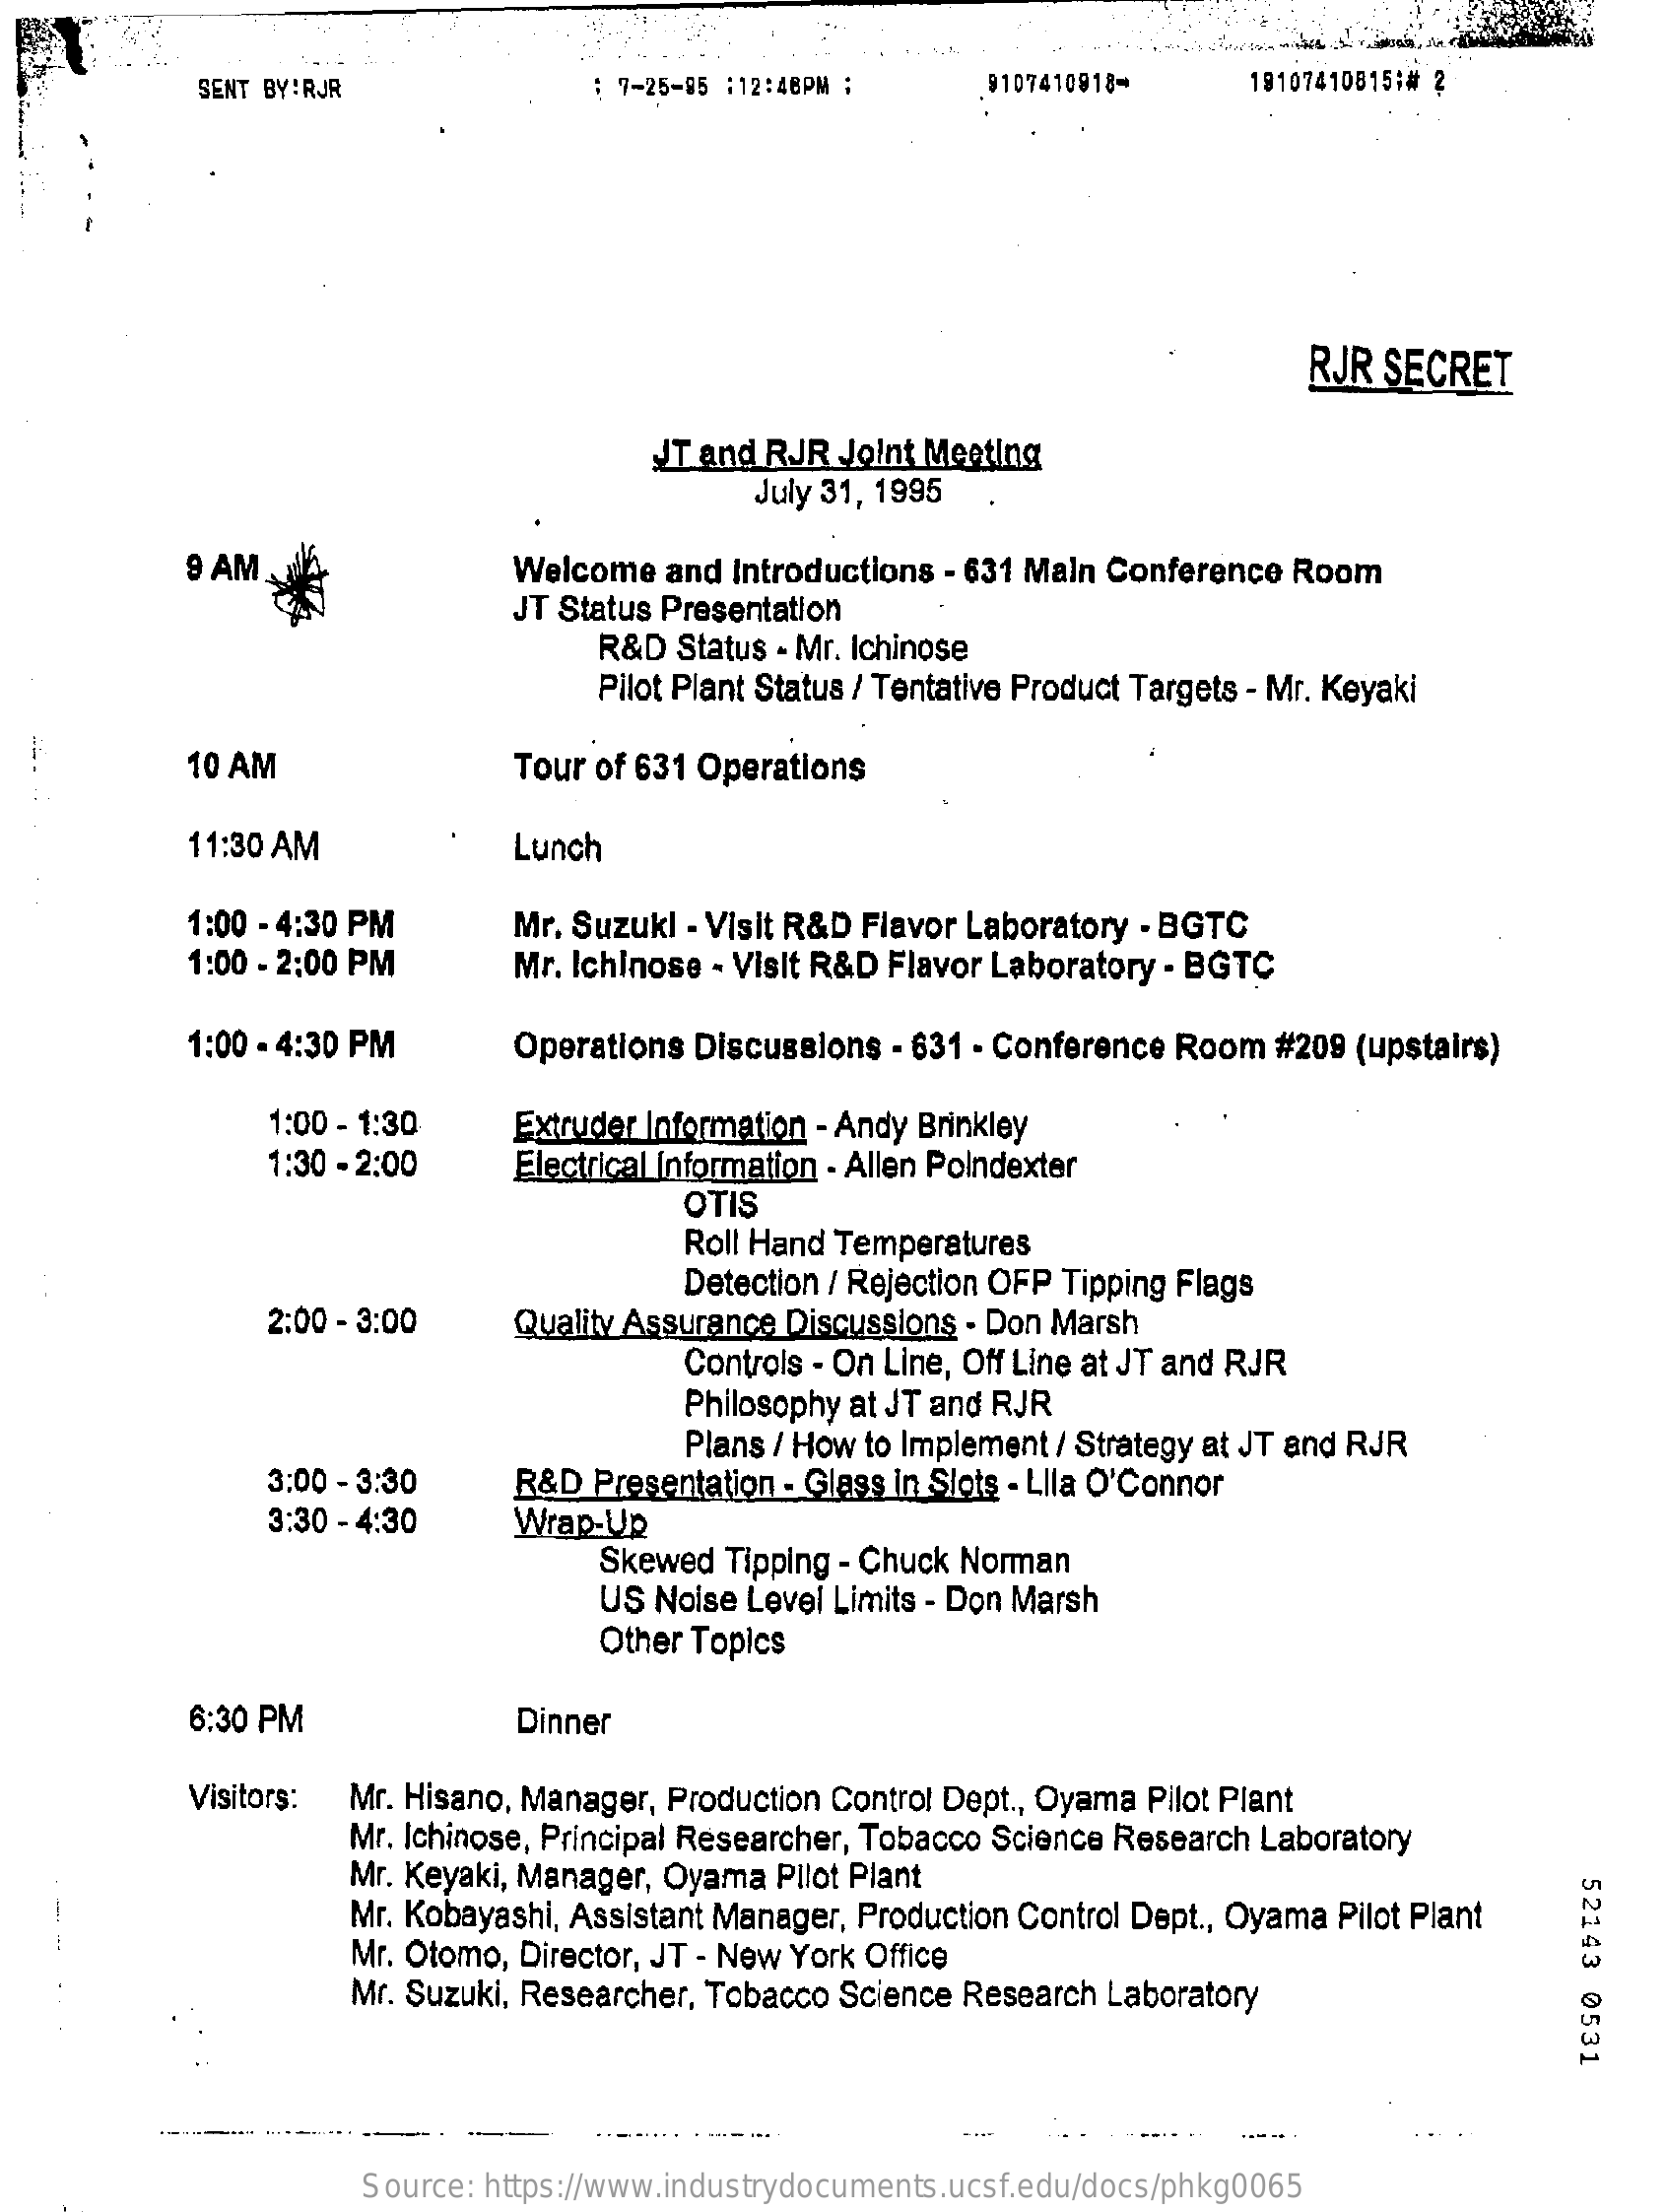
SENT BY:RJR    : 7-25-05 :12:48PM ;   .9107410918-    19107410815:# 2
     RJR  SECRET
     JT and RJR Joint Meeting
     July 31, 1995
     9 AM
     *
     Welcome  and Introductions - 631 Main Conference Room
     JT Status Presentation
     R&D  Status - Mr. Ichinose
     Pilot Plant Status / Tentative Product Targets - Mr. Keyaki
     10 AM    Tour of 631 Operations
     11:30 AM    Lunch
     1:00 - 4:30 PM    Mr. Suzuki - Visit R&D Flavor Laboratory - BGTC
     1:00 - 2:00 PM    Mr. Ichinose - Visit R&D Flavor Laboratory - BGTC
     1:00 - 4:30 PM    Operations Discussions - 631 - Conference Room #209 (upstairs)
     1:00 - 1:30    Extruder Information - Andy Brinkley
     1:30 - 2:00    Electrical Information - Allen Poindexter
     OTIS
     Roll Hand Temperatures
     Detection / Rejection OFP Tipping Flags
     2:00 - 3:00    Quality Assurance Discussions - Don Marsh
     Controls - On Line, Off Line at JT and RJR
     Philosophy at JT and RJR
     Plans / How to Implement / Strategy at JT and RJR
     3:00 - 3:30
     3:30 - 4:30    Wrap-Up
     R&D Presentation - Glass in Slots - Llla O'Connor
     Skewed Tipping - Chuck Norman
     US Noise Level Limits - Don Marsh
     Other Topics
     6:30 PM    Dinner
     Visitors: Mr. Hisano, Manager, Production Control Dept ., Oyama Pilot Plant
     Mr. Ichinose, Principal Researcher, Tobacco Science Research Laboratory
     Mr. Keyaki, Manager, Oyama Pilot Plant
     52143
     0531
     Mr. Kobayashi, Assistant Manager, Production Control Dept ., Oyama Pilot Plant
     Mr. Otomo, Director, JT - New York Office
     Mr. Suzuki, Researcher, Tobacco Science Research Laboratory
     Source: https://www.industrydocuments.ucsf.edu/docs/phkg0065